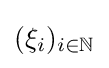
(\xi _{i})_{i\in \mathbb {N} }